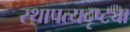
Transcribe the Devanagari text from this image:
स्थापत्यदृष्ट्या